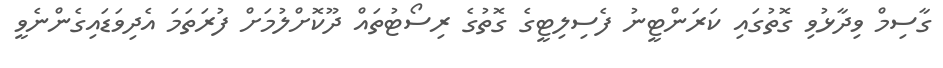
ގާސިމް ވިދާޅުވި ގޮތުގައި ކަރަންޓީނު ފެސިލިޓީގެ ގޮތުގެ ރިސޯޓުތައް ދޫކޮށްލުމަށް ފުރަތަމަ އެދިވަޑައިގެންނެވީ